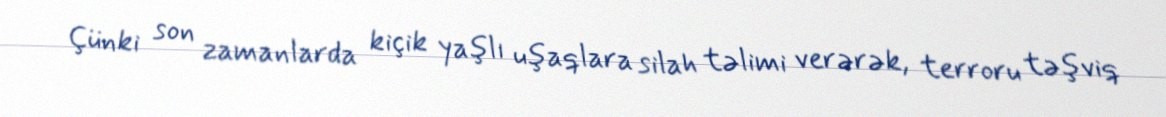
Çünki son zamanlarda kiçik yaşlı uşaqlara silah təlimi verərək, terroru təşviq